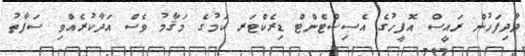
ދާދިފަހުން ރައީސް އޮފީހުގެ އެސިސްޓެންޓް ޑިރެކްޓަރ ކަމުގެ މަޤާމު ވެސް އަދާކުރެއްވި ސަފާތު